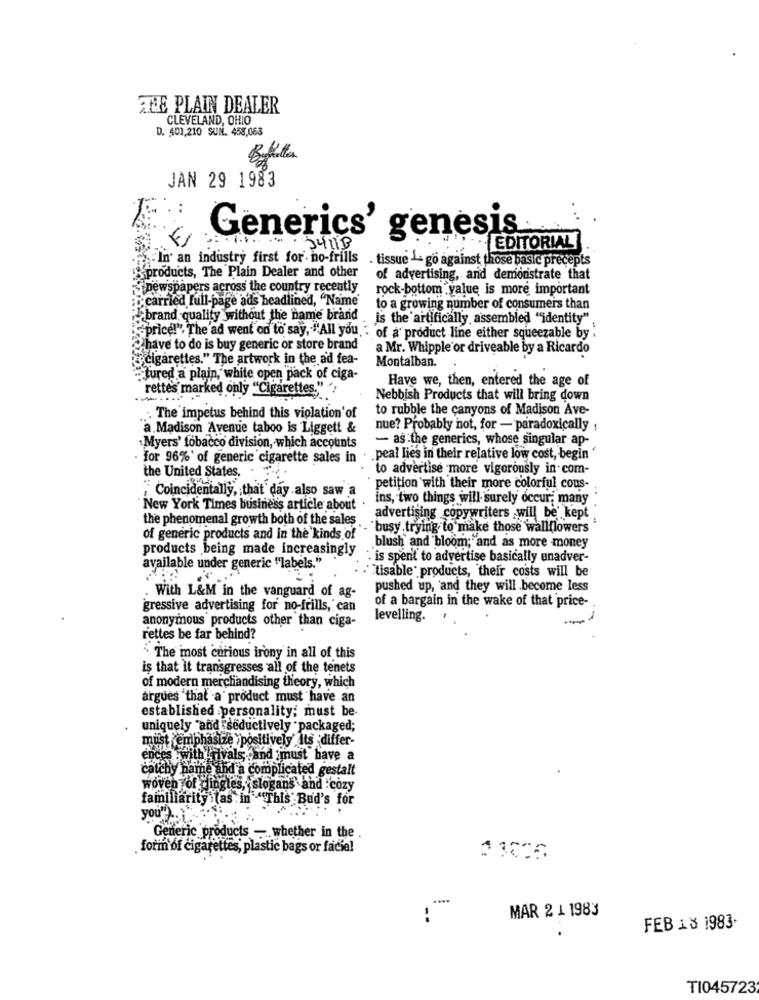
ATHE PLAIN DEALER
CLEVELAND, OHIO
D. 401,210 SUN. 458,068
JAN 29 1983
Generics' genesis
EDITORIAL
.SeIn an industry first for- no-frills
. tissue 1- go against those basic precepts
products, The Plain Dealer and other
of advertising, and demonstrate that
newspapers across the country recently
rock-bottom value is more important
; carried full-page ads headlined, "Name'
to a growing number of consumers than
brand quality without the name brand
is the artifically assembled "identity"
"price!". The ad went on to say, ""All you - of a product line either squeezable by .
have to do is buy generic or store brand
a Mr. Whipple or driveable by a Ricardo
cigarettes." The artwork in the ad fea-
Montalban.
. tured a plain, white open pack of ciga-
Have we, then, entered the age of
rettes marked only "Cigarettes.""
Nebbish Products that will bring down
to rubble the canyons of Madison Ave-
. The impetus behind this violation'of
a.Madison Avenue taboo is Liggett &
nue? Probably not, for - paradoxically ,
- as the generics, whose singular ap-
.Myers' tobacco division, which accounts
· for 96%' of generic cigarette sales in . . peal lies in their relative low cost, begin "
to advertise more vigorously in com-
the United States.
" Coincidentally, that day also saw a
petition with their more colorful cous-
ins, two things will surely occur; many
New York Times business article about
the phenomenal growth both of the sales
advertising copywriters will be kept
.- busy trying to make those wallflowers
of generic products and in the kinds of
products being made increasingly
blush and bloom; and as more money
is spent to advertise basically unadver-
available under generic "labels."
`tisable " products, their costs will be
pushed up, and they will become less
. With L&M in the vanguard of ag-
of a bargain in the wake of that price-
gressive advertising for no-frills, can
anonymous products other than ciga-
levelling.
rettes be far behind?
The most curious irony in all of this
is that it transgresses all of the tenets
of modern merchandising theory, which
argues that a product must have an
established :personality; must be-
uniquely "and seductively packaged;
must emphasize >positively Its differ-
ences :with rivals and must have a
catchy name and a complicated gestalt
woven of dingles, slogans and cozy
familiarity (as in "This Bud's for
you').
Generic products - whether in the
form of cigarettes, plastic bags or facial
....
MAR 2 1 1983
:
FEB 1S 1983.
T1045723